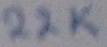
Text: 22K